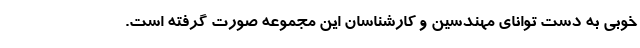
خوبی به دست توانای مهندسین و کارشناسان این مجموعه صورت گرفته است.